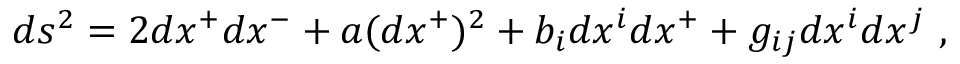
d s ^ { 2 } = 2 d x ^ { + } d x ^ { - } + a ( d x ^ { + } ) ^ { 2 } + b _ { i } d x ^ { i } d x ^ { + } + g _ { i j } d x ^ { i } d x ^ { j } ~ ,